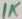
Text: 1K